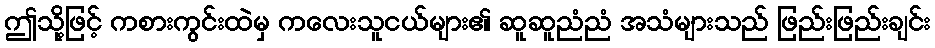
ဤသို့ဖြင့် ကစားကွင်းထဲမှ ကလေးသူငယ်များ၏ ဆူဆူညံညံ အသံများသည် ဖြည်းဖြည်းချင်း